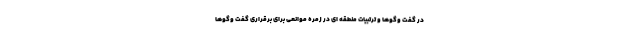
در گفت وگوها و ترتبیات منطقه ای در زمره موانعی برای برقراری گفت وگوها